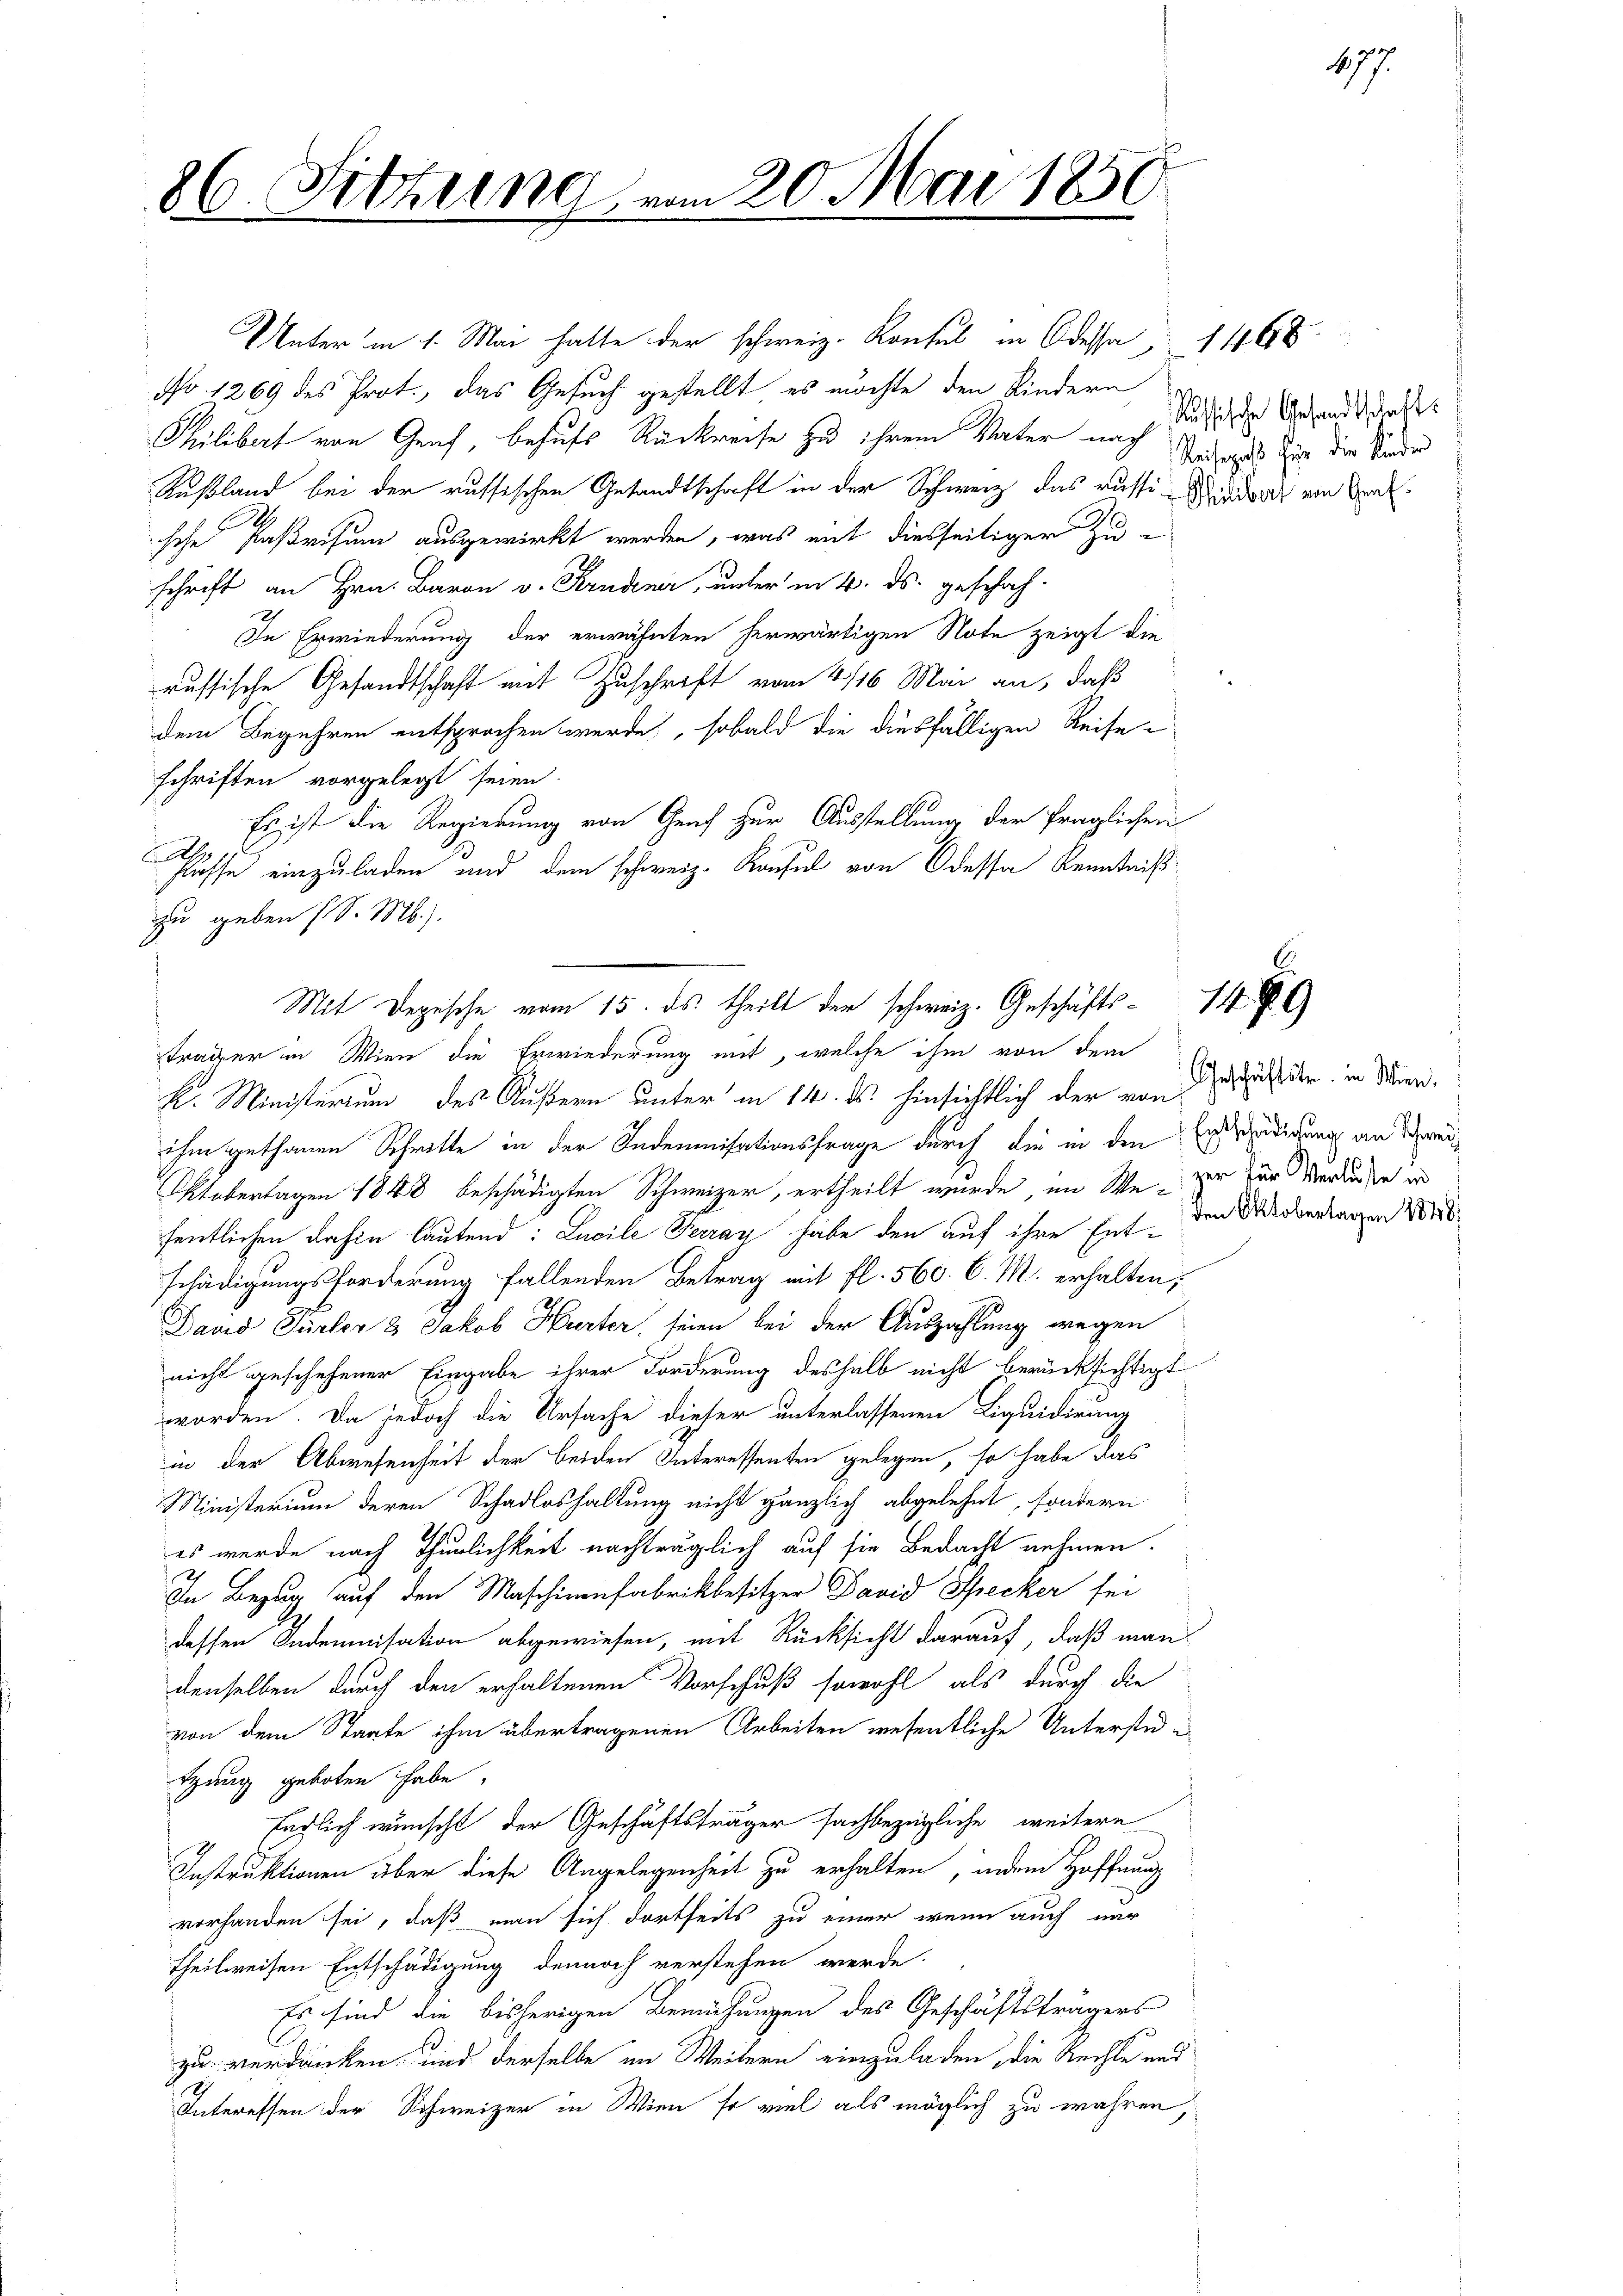
86. Sitzung

vom 20. Mai 1850

Unter in 1. Mai hatte der schweiz. Konsul in Odessa u. 1468
No 1269 des Prot., das Gesuch gestellt es möchte den Kindern
Philibert von Graf, behufs Rückreise zu ihrem Vater nach
Rußland bei der russischen Gesandtschaft in der Schweiz das russi-Miadurch von Trak¬
I
ische Paßvisum ausgewirkt werden, was mit diesseitiger Zuschrift an Hrn. Baron v. Krudener, unter in 4. ds. geschah-
In Erwiederung der erwähnten herwärtigen Note zeigt die
russische Gesandtschaft mit Zuschrift vom 4/16. Mai an, daß
dem Begehren entsprochen werde, sobald die diesfälligen Reise
schriften vorgelegt seien.
Es ist die Regierung von Genf zur Ausstellung der fraglichen
Rh.
Flosse einzuladen und dem schweiz. Kaufel von Odessa Kenntniß
zu geben (S. M.).
träger in Wien die Erwiederung mit, welche ihm von dem
K. Ministerium des Äußern unter in 14. ds. hinsichtlich der von
ihm gethanen Schritte in der Indemnisationsfrage durch die in den Extradigung an de
Oktobertagen 1848 beschädigten Schweizer, ertheilt wurde, im We-zur zur Verbinden und
fentlichen dahin lautend: Lucile Ferray habe den auf ihre Entschädigungsforderung fallenden Betrag mit fl. 560. C. M. erhalten,
David Pürler & Jakob Hurter seien bei der Auszahlung wegen
nicht geschehener Eingabe ihrer Forderung deshalb nicht berücksichtigt
worden. Da jedoch die Ursache dieser unterlassenen Liquidirung
in der Abwesenheit der beiden Interessenten gelegen, so habe das
Ministerium deren Schadloshaltung nicht gänzlich abgelehnt, sondern
es werde nach Thurlichkeit nachträglich auf sie Bedacht nehmen.
2
In Bezug auf den Maschinenfabrikbesitzer David Specker sei
dessen Indemnisation abgewiesen, mit Rücksicht darauf, daß man
denselben durch den erhaltenen Vorschuß sowohl als durch die
von dem Staate ihm übertragenen Arbeiten wesentliche Unterstede
tgang geboten habe.
sächlich wünscht der Geschäftsträger sachbezügliche weitere
Instruktionen über diese Angelegenheit zu erhalten, indem Hoffnung
vorhanden sei, daß man sich dortseits zu einer wenn auch nur
theilweisen Entschädigung dennoch verstehen werde.
Es sind die bisherigen Bemühungen des Geschäftsträgers
.
zu verdanken, und derselbe im Weitern einzuladen, die Rechte und
Interessen der Schweizer in Wien so viel als möglich zu wahren,

Mit Depesche vom 15. ds. theilt der schweiz. Geschäfts- 14

Russische Gesandtschafts
Reisepaß für die Kinder

477.

Geschäftster in Wien.
den Oktobertagen 1848.